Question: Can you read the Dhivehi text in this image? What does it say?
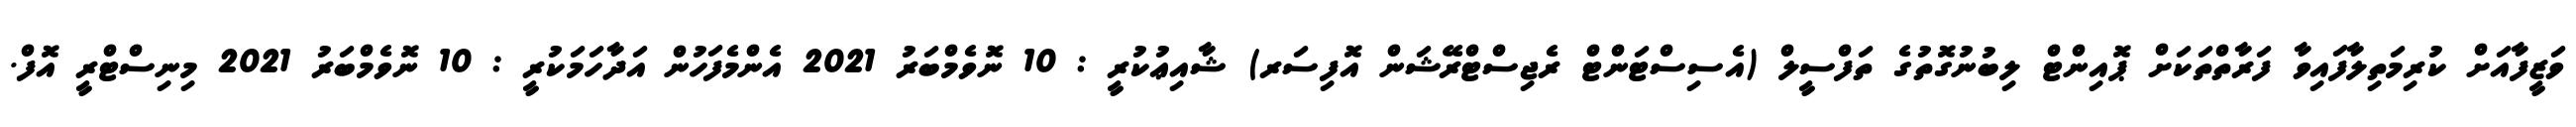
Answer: ވަޒީފާއަށް ކުރިމަތިލާފައިވާ ފަރާތްތަކަށް ޕޮއިންޓް ލިބުނުގޮތުގެ ތަފްސީލް (އެސިސްޓަންޓް ރެޖިސްޓްރޭޝަން އޮފިސަރ) ޝާއިޢުކުރީ : 10 ނޮވެމްބަރު 2021 އެންމެފަހުން އަދާހަމަކުރީ : 10 ނޮވެމްބަރު 2021 މިނިސްޓްރީ އޮފް.